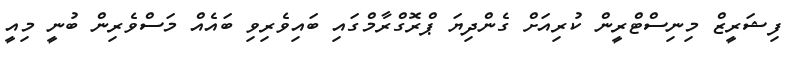
ފިޝަރީޒް މިނިސްޓްރީން ކުރިއަށް ގެންދިޔަ ޕްރޮގްރާމްގައި ބައިވެރިވި ބައެއް މަސްވެރިން ބުނީ މިއީ